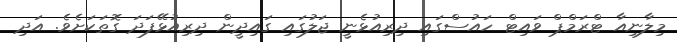
މިލާނިއާ ޓްރަމްޕް ވައިޓް ހައުސްގައި ދިރިއުޅެނީ ޖަލުގައި ގައިދީން ދިރިއުޅޭފަދަ ގޮތަކަށެވެ. އަދި